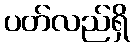
ပတ်လည်ရှိ